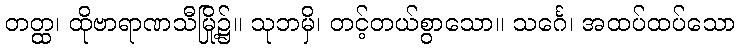
တတ္ထ၊ ထိုဗာရာဏသီမြို့၌။ သုဘမှိ၊ တင့်တယ်စွာသော။ သင်္ဂေ၊ အထပ်ထပ်သော